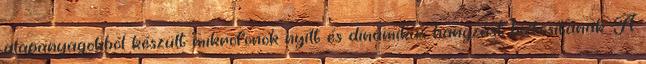
alapanyagokból készült mikrofonok nyílt és dinamikus hangzást biztosítanak. A